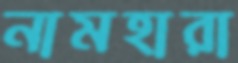
নামহারা